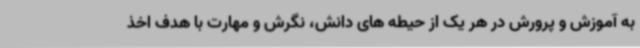
به آموزش و پرورش در هر یک از حیطه های دانش، نگرش و مهارت با هدف اخذ